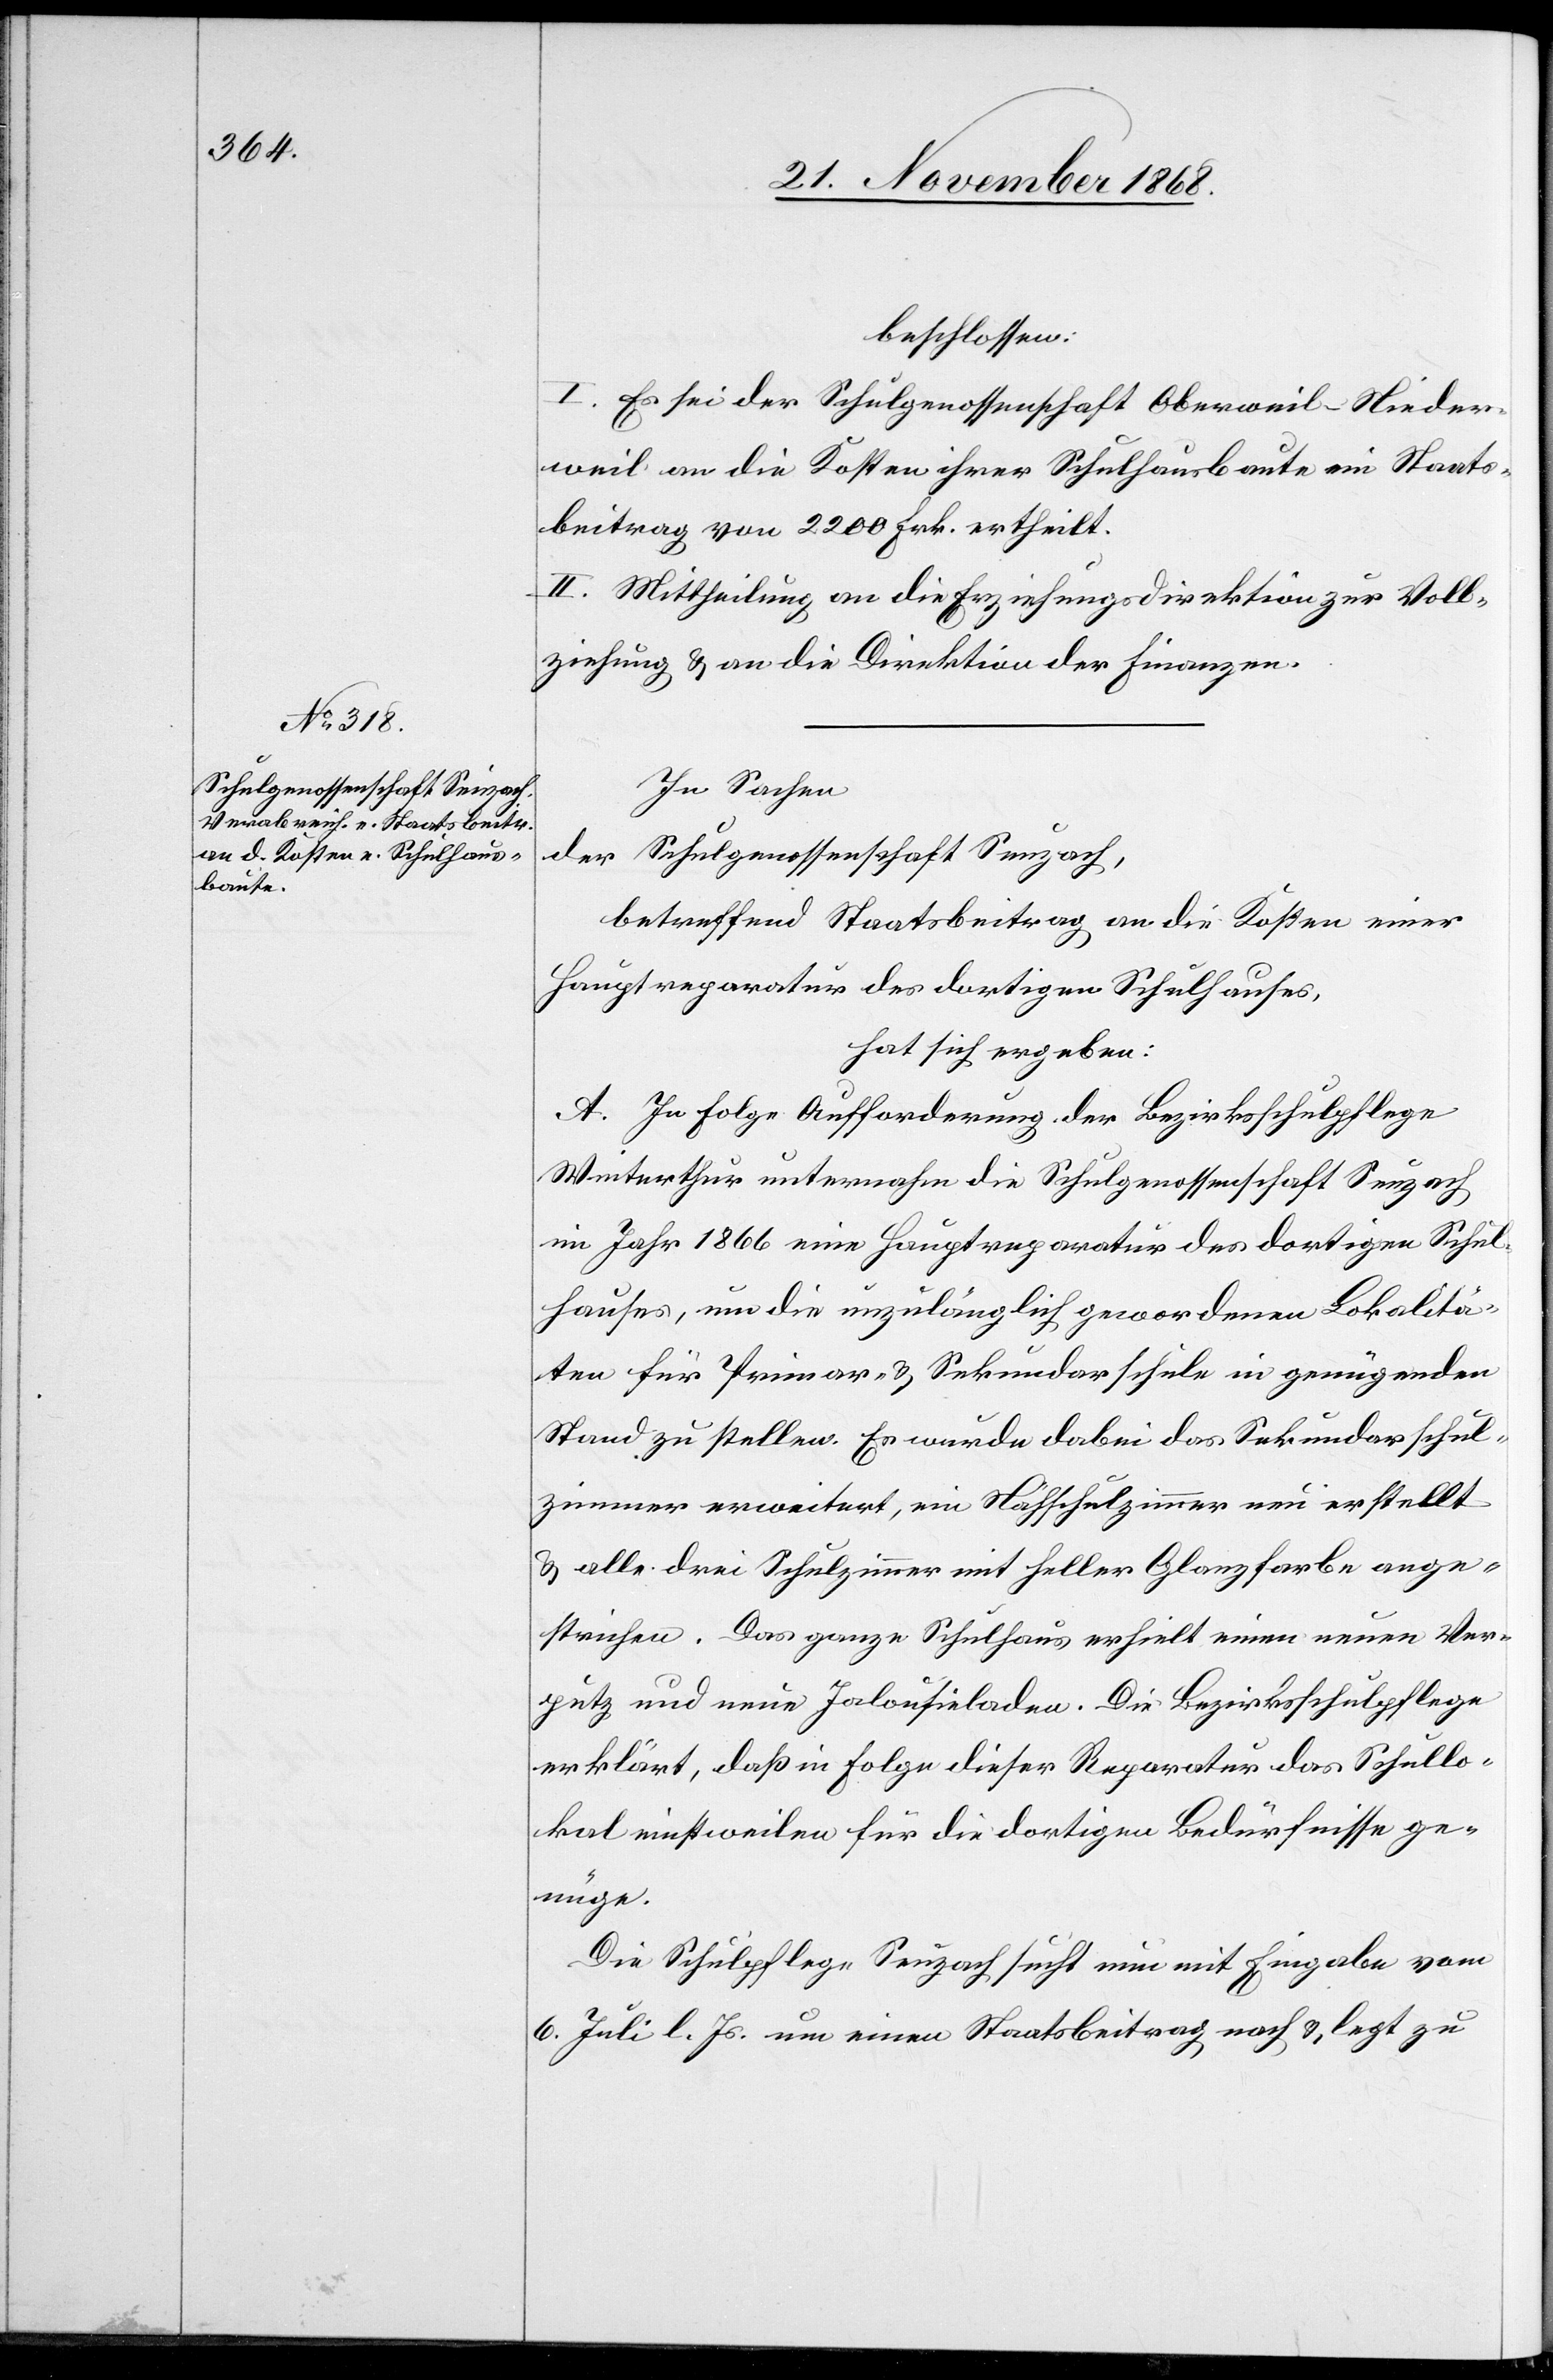
beschlossen:
I. Es sei der Schulgenossenschaft Oberweil-Nieder¬
weil an die Kosten ihrer Schulhausbaute ein Staats¬
beitrag von 2200 Frk. ertheilt.
II. Mittheilung an die Erziehungsdirektion zur Voll¬
ziehung & an die Direktion der Finanzen.
In Sachen
der Schulgenossenschaft Seuzach,
betreffend Staatsbeitrag an die Kosten einer
Hauptreparatur des dortigen Schulhauses,
hat sich ergeben:
A. In Folge Aufforderung der Bezirksschulpflege
Winterthur unternahm die Schulgenossenschaft Seuzach
im Jahr 1866 eine Hauptreparatur des dortigen Schul¬
hauses, um die unzulänglich gewordenen Lokalitä¬
ten für Primar- & Sekundarschule in genügenden
Stand zu stellen. Es wurde dabei das Sekundarschul¬
zimmer erweitert, ein Nähschulzimmer neu erstellt
& alle drei Schulzimmer mit heller Glanzfarbe ange¬
strichen. Das ganze Schulhaus erhielt einen neuen Ver¬
putz und neue Jalousieladen. Die Bezirksschulpflege
erklärt, daß in Folge dieser Reparatur das Schullo¬
kal einstweilen für die dortigen Bedürfnisse ge¬
nüge.
Die Schulpflege Seuzach sucht nun mit Eingabe vom
6. Juli l. Js. um einen Staatsbeitrag nach & legt zu